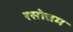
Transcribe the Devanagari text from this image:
रसोत्तम